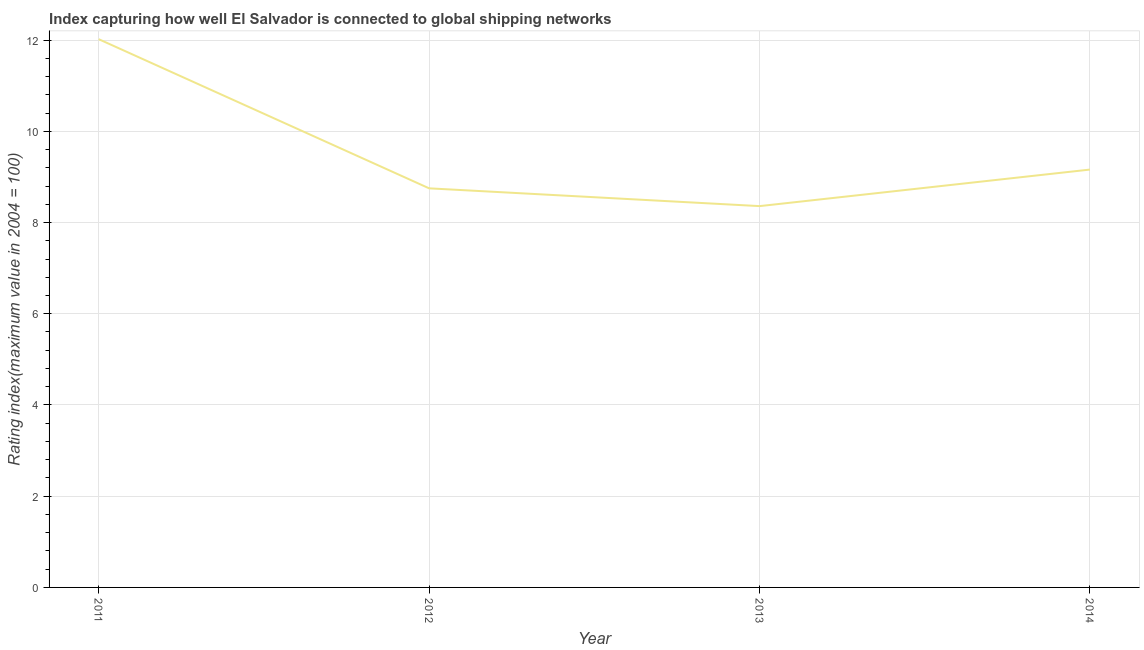
| Year | Liner shipping connectivity index  |
 | --- | --- |
 | 2011 | 12 |
 | 2012 | 8.75 |
 | 2013 | 8.36 |
 | 2014 | 9.16 |